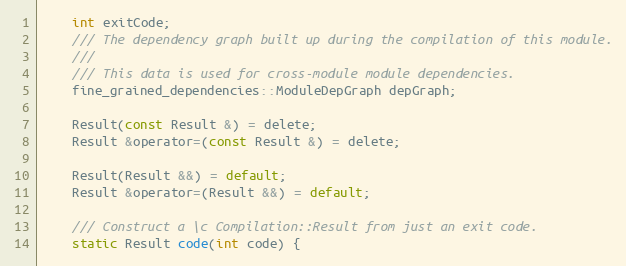
Language: C
    int exitCode;
    /// The dependency graph built up during the compilation of this module.
    ///
    /// This data is used for cross-module module dependencies.
    fine_grained_dependencies::ModuleDepGraph depGraph;

    Result(const Result &) = delete;
    Result &operator=(const Result &) = delete;

    Result(Result &&) = default;
    Result &operator=(Result &&) = default;

    /// Construct a \c Compilation::Result from just an exit code.
    static Result code(int code) {